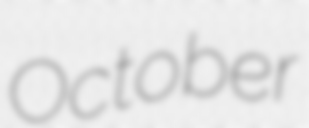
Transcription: October